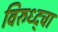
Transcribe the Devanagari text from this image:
विरुध्द्चा